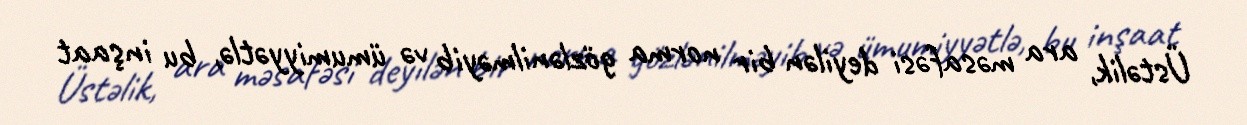
Üstəlik, ara məsafəsi deyilən bir norma gözlənilməyib və ümumiyyətlə, bu inşaat